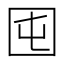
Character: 囤